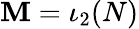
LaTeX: \mathbf{M}=\iota_{2}(N)